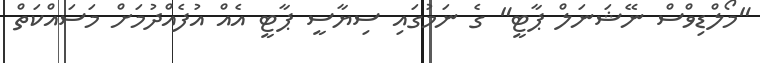
"މޯލްޑިވްސް ނޭޝަނަލް ޕާޓީ" ގެ ނަމުގައި ސިޔާސީ ޕާޓީ އެއް އުފެއްދުމަށް މަސައްކަތް